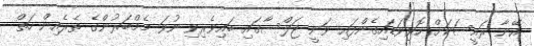
އޭނާ ރައީސަކަށް ހޮވިވަޑައިގެންފައި ވަނީ ޖަލްސާގައި ބައިވެރިވި ނުވަ މެމްބަރުންގެ ތެރެއިން ހަތް